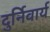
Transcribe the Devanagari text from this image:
दुर्निवार्य